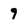
Character: 9